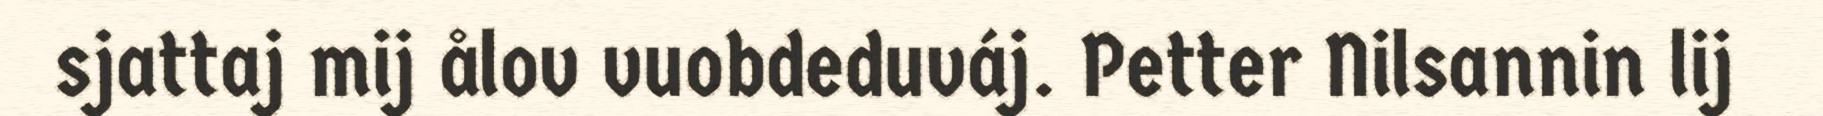
sjattaj mij ålov vuobdeduváj. Petter Nilsannin lij